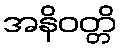
အနိဝတ္တိ